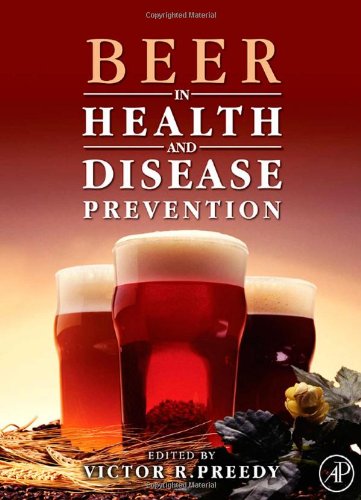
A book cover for Beer in Health and Disease Prevention; Health, Fitness & Dieting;